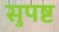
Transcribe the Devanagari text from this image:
सुपष्ट